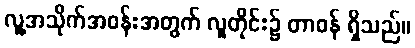
လူ့အသိုက်အဝန်းအတွက် လူတိုင်း၌ တာဝန် ရှိသည်။